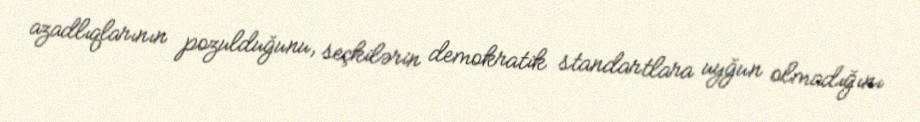
azadlıqlarının pozulduğunu, seçkilərin demokratik standartlara uyğun olmadığını